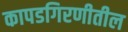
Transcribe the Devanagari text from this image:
कापडगिरणीतील